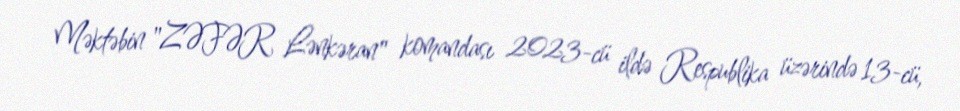
Məktəbin "ZƏFƏR Lənkəran" komandası 2023-cü ildə Respublika üzərində 13-cü,